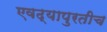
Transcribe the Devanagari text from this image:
एवढ्यापुरतीच